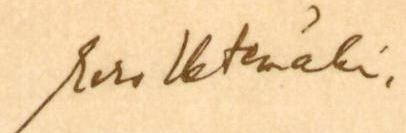
Eero Hetemäki.